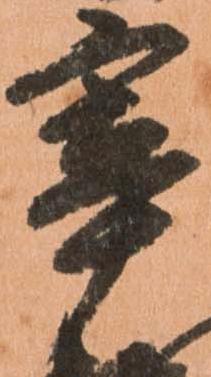
宰